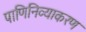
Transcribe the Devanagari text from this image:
पाणिनिव्याकरण